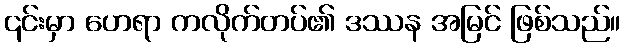
၎င်းမှာ ဟေရာ ကလိုက်တပ်၏ ဒဿန အမြင် ဖြစ်သည်။